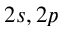
2 s , 2 p